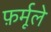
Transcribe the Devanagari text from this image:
फ़र्मूले